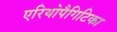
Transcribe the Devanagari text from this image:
एरियोपैगिटिका